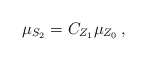
\begin{align*}\mu_{S_2} = C_{Z_1} \mu_{Z_0}\,,\end{align*}